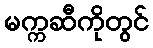
မက္ကဆီကိုတွင်